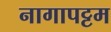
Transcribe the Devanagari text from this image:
नागापट्टम